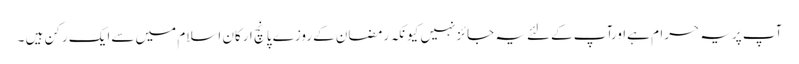
آپ پریہ حرام ہےاورآپ کےلئےیہ جائزنہیں کیونکہ رمضان کےروزے پانچ ارکان اسلام میں سےایک رکن ہیں ۔